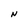
Character: N